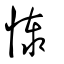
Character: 㥭